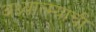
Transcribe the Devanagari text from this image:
अध्यात्म्याची